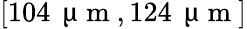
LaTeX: [104\, \mathrm{~\textmu~m~},124\, \mathrm{~\textmu~m~}]